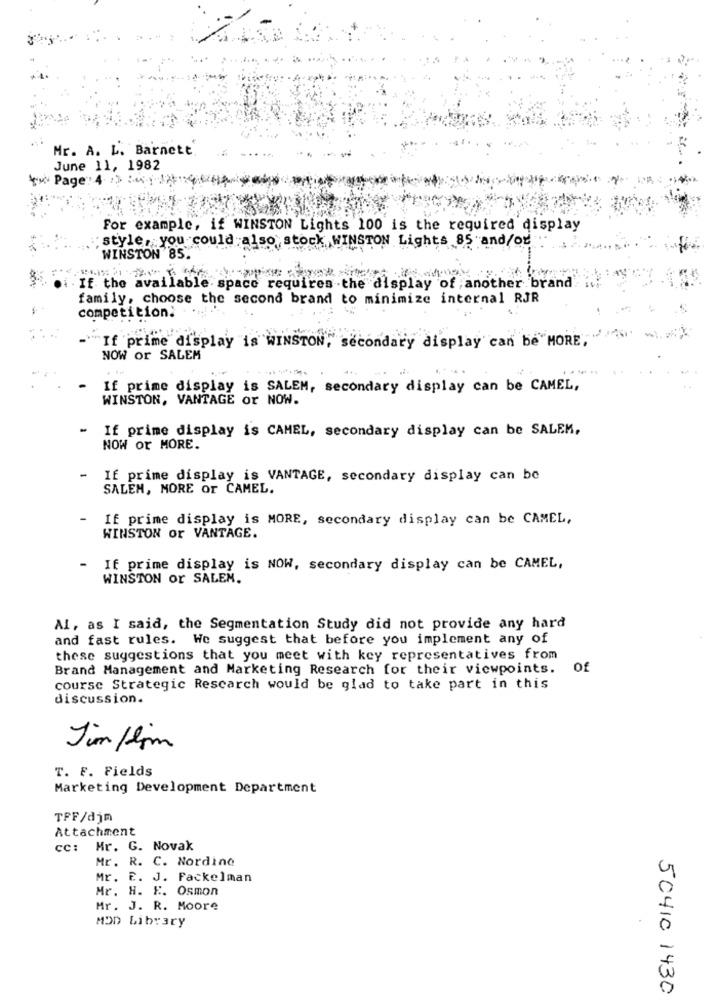
Mr. A. L. Barnett
June 11, 1982
Page: 4
For example, if WINSTON Lights 100 is the required display
: style, you could also stock. WINSTON Lights 85 and/or
WINSTON 85.
i . If the available space requires the display of another brand
family, choose the second brand to minimize internal RJR
competition.
"If prime display is WINSTON, secondary display can be MORE,
NOW or SALEM
If prime display is SALEM, secondary display can be CAMEL,
WINSTON, VANTAGE or NOW.
- If prime display is CAMEL, secondary display can be SALEK,
NOW or MORE.
-
If prime display is VANTAGE, secondary display can be
SALEM, MORE or CAMEL.
If prime display is MORE, secondary display can be CAMEL,
WINSTON or VANTAGE.
- If prime display is NOW, secondary display can be CAMEL,
WINSTON or SALEM.
Al, as I said, the Segmentation Study did not provide any hard
and fast rules. We suggest that before you implement any of
these suggestions that you meet with key representatives from
Brand Management and Marketing Research for their viewpoints.
of
course Strategic Research would be glad to take part in this
discussion.
Jim /lim
T. F. Fields
Marketing Development Department
TFF/djm
Attachment
cc: Mr. G. Novak
Mr. R. C. Nordine
Mr. E. J. Fackelman
Mr. H. E. Osmon
Mr. J. R. Moore
MOD Library
50410 1430